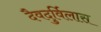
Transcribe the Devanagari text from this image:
दैवदुर्विलास